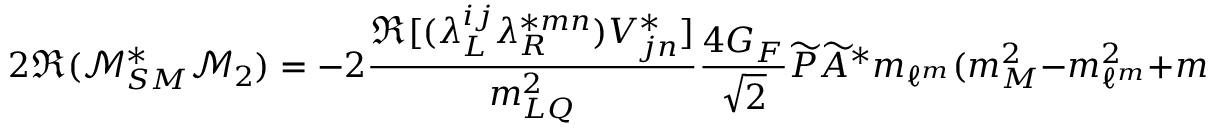
2 \Re ( \mathcal { M } _ { S M } ^ { * } \mathcal { M } _ { 2 } ) = - 2 \frac { \Re [ ( \lambda _ { L } ^ { i j } \lambda _ { R } ^ { * m n } ) V _ { j n } ^ { * } ] } { m _ { L Q } ^ { 2 } } \frac { 4 G _ { F } } { \sqrt { 2 } } \widetilde { P } \widetilde { A } ^ { * } m _ { \ell ^ { m } } ( m _ { M } ^ { 2 } - m _ { \ell ^ { m } } ^ { 2 } + m _ { \ell ^ { i } } ^ { 2 } ) \; ,